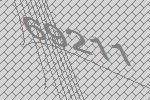
69211